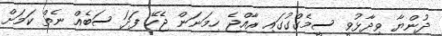
ދުންޔާ ވިދާޅުވީ ސީމެގްގުގައި ރާއްޖެ ހިމަނަން ޖެހޭ ފަދަ ސަބެއް ނެތް ކަމަށް